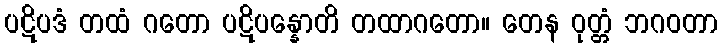
ပဋိပဒံ တထံ ဂတော ပဋိပန္နောတိ တထာဂတော။ တေန ဝုတ္တံ ဘဂဝတာ